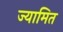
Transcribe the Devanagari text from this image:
ज्यामित